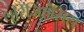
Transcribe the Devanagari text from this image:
थुरिंजिएंसिस